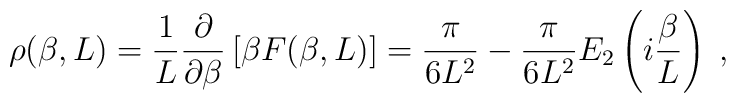
\rho(\beta,L)= \frac{1}{L}\frac{\partial}{\partial \beta}  \left[\beta F(\beta,L)\right]=\frac{\pi}{6 L^{2}}-\frac{\pi}{6    L^{2}} E_{2}\left(i\frac{\beta}{L}\right)\;,